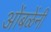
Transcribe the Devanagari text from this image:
ओंबळेंनी